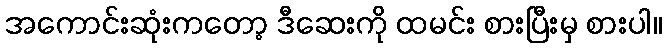
အကောင်းဆုံးကတော့ ဒီဆေးကို ထမင်း စားပြီးမှ စားပါ။